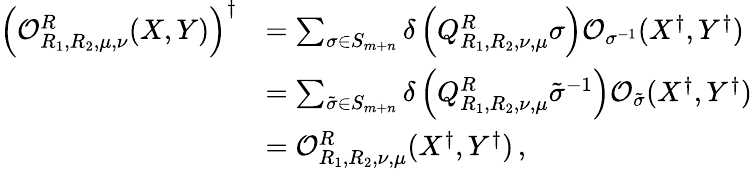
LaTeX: \begin{array}{rl}{\left(\mathcal{O}_{R_{1},R_{2},\mu,\nu}^{R}(X,Y)\right)^{\dagger}}&{=\sum_{\sigma\in S_{m+n}}\delta\left(Q_{R_{1},R_{2},\nu,\mu}^{R}\sigma\right)\mathcal{O}_{\sigma^{-1}}(X^{\dagger},Y^{\dagger})}\\ &{=\sum_{\tilde{\sigma}\in S_{m+n}}\delta\left(Q_{R_{1},R_{2},\nu,\mu}^{R}\tilde{\sigma}^{-1}\right)\mathcal{O}_{\tilde{\sigma}}(X^{\dagger},Y^{\dagger})}\\ &{=\mathcal{O}_{R_{1},R_{2},\nu,\mu}^{R}(X^{\dagger},Y^{\dagger})\, ,}\end{array}